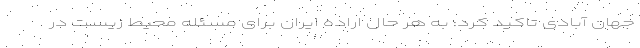
جهان آبادی تاکید کرد: به هر حال اراده ایران برای مسئله محیط زیست در